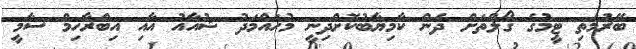
ބޭރުމަތި ޓީމުގެ ގޯލްތަށް ދެން ކާމިޔާބުކޮށްދިނީ މުހައްމަދު ޝުއާއު އާއި އިބްރާހިމް ސާމީ